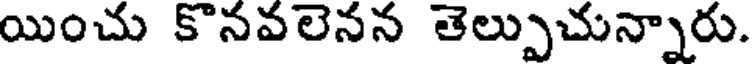
యించు కొనవలెనన తెల్పుచున్నారు.